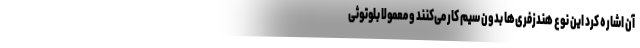
آن اشاره کرد این نوع هندزفری‌ها بدون سیم کار می‌کنند و معمولا بلوتوثی